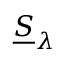
{ \underline { { S } } } _ { \lambda }